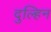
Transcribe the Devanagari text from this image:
दुल्हिन